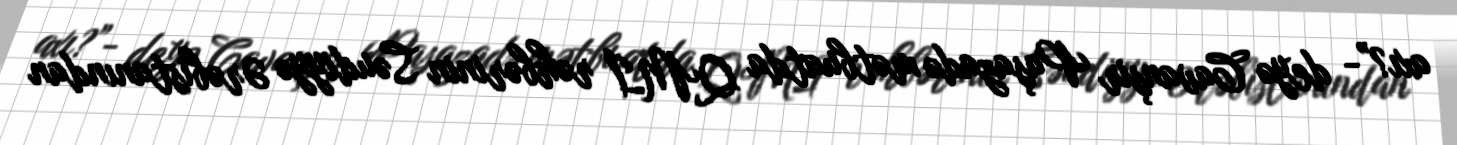
axı?”- deyə Cavanşir Paşazadə mətbuatda QMİ rəhbərinin Səudiyyə Ərəbistanından